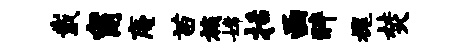
戴甯庵苗族嫦括函醉槐焚